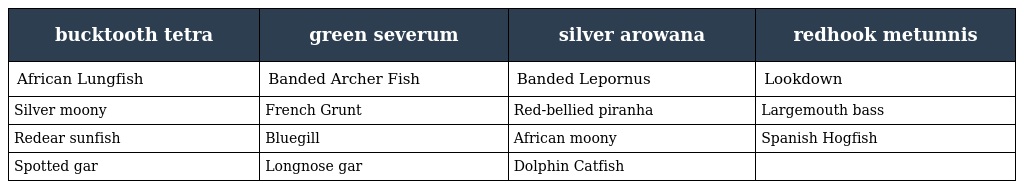
| bucktooth tetra | green severum | silver arowana | redhook metunnis |
 | --- | --- | --- | --- |
 | African Lungfish | Banded Archer Fish | Banded Lepornus | Lookdown |
 | Silver moony | French Grunt | Red-bellied piranha | Largemouth bass |
 | Redear sunfish | Bluegill | African moony | Spanish Hogfish |
 | Spotted gar | Longnose gar | Dolphin Catfish |  |